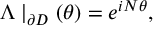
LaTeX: \Lambda \mid _ { \partial D } ( \theta ) = e ^ { i N \theta } ,